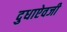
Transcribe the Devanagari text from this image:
दुधाऐवजी